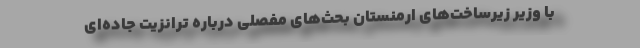
با وزیر زیرساخت‌های ارمنستان بحث‌های مفصلی درباره ترانزیت جاده‌ای